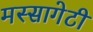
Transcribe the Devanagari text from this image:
मस्सागेटी